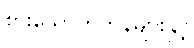
စားသောက်ကုန်များနှင့်